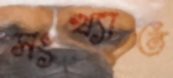
সংখ্যাত